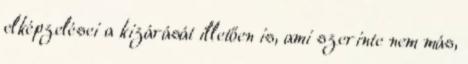
elképzelései a kizárását illetően is, ami szerinte nem más,